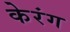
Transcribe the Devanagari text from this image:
केरंग